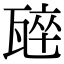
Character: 𭺣